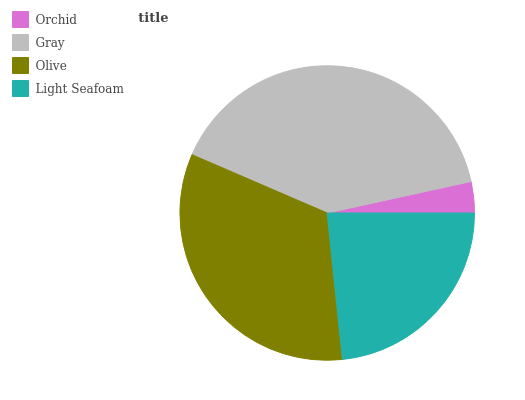
| Orchid | Gray | Olive | Light Seafoam |
 | --- | --- | --- | --- |
 | 3.42% | 40.1% | 33.1% | 23.4% |